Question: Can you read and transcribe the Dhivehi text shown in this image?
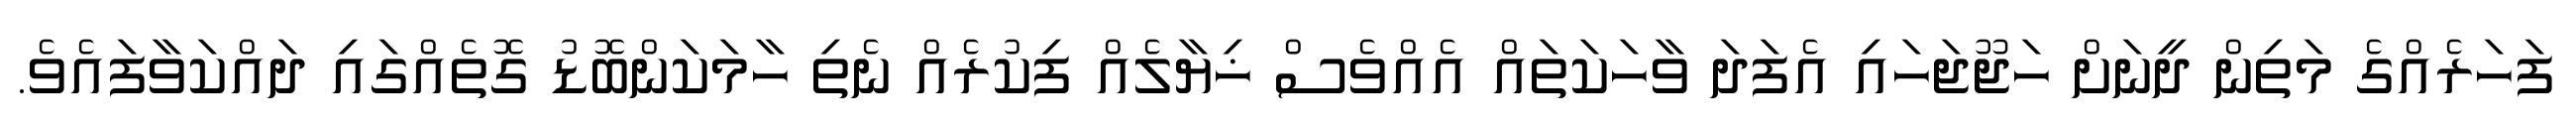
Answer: ފަހަރެއްގެ މަތިން ދީނަށް ހަޖޫޖަހައި އެފަދަ ވާހަކަތައް އެއްވެސް ޚިޔާލެއް ފިކުރެއް ނެތި ހާމަކަންބޮޑު ގޮތެއްގައި ދައްކަވާފައެވެ.